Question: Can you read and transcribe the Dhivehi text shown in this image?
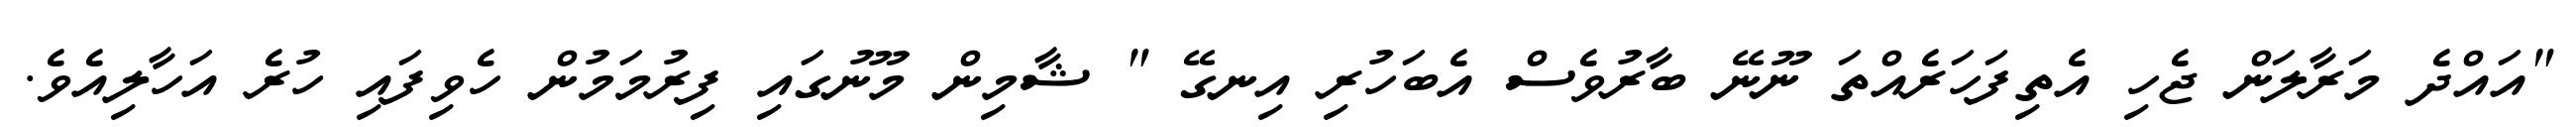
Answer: "އައްދެ މަރާލަން ޖެހި އެތިފަހަރެއްތަ ނޫނޭ ބާރުވެސް އެބަހުރި އިނގޭ " ޝާމިން މޫނުގައި ފިރުމަމުން ހެވިފައި ހުރެ އަހާލިއެވެ.